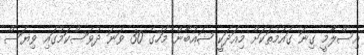
އިސްލާމީ ގިނަ ގައުމުތަކަށް މިއަދަކީ ޝައުބާން މަހުގެ 30 ވަނަ ދުވަސްކަމުގައި ވިޔަސް